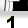
Digit: 1